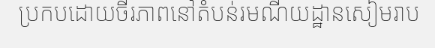
ប្រកបដោយចីរភាពនៅតំបន់រមណីយដ្ឋានសៀមរាប